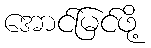
အောင်မြင်ဖို့